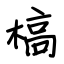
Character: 槁